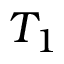
T _ { 1 }